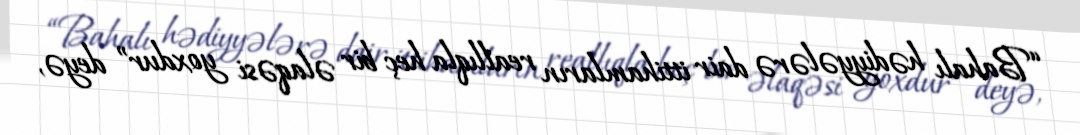
“Bahalı hədiyyələrə dair ittihamların reallıqla heç bir əlaqəsi yoxdur” deyə,